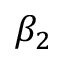
\beta _ { 2 }